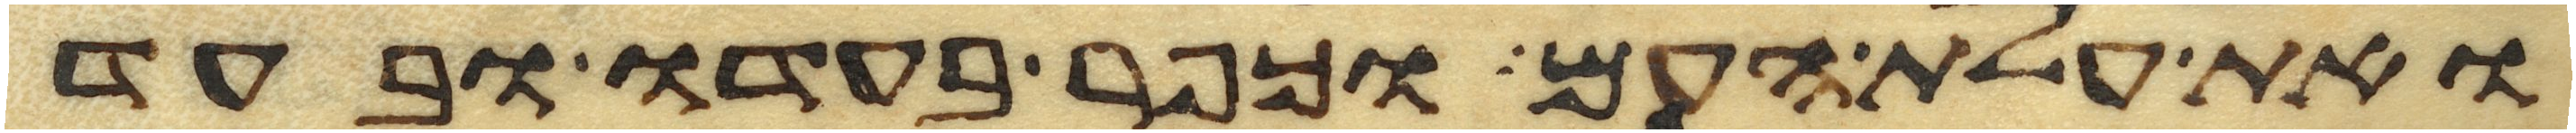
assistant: ואת עלת העם וכפר בעדו ובעד